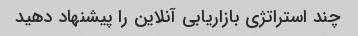
چند استراتژی بازاریابی آنلاین را پیشنهاد دهید